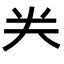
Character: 龹